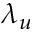
\lambda _ { u }